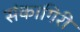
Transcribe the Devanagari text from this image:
संकागिरी